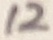
Text: 12